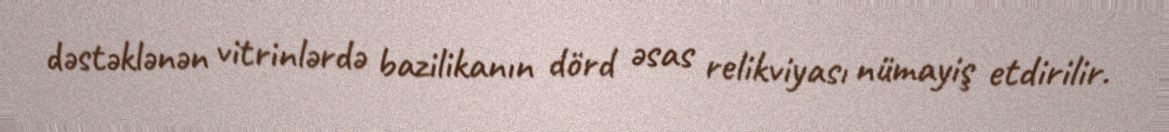
dəstəklənən vitrinlərdə bazilikanın dörd əsas relikviyası nümayiş etdirilir.